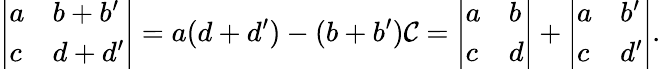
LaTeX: {\left|\begin{array}{ll}{a}&{b+b^{\prime}}\\ {c}&{d+d^{\prime}}\end{array}\right|}=a(d+d^{\prime})-(b+b^{\prime})\mathcal{C}={\left|\begin{array}{ll}{a}&{b}\\ {c}&{d}\end{array}\right|}+{\left|\begin{array}{ll}{a}&{b^{\prime}}\\ {c}&{d^{\prime}}\end{array}\right|}.